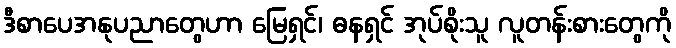
ဒီစာပေအနုပညာတွေဟာ မြေရှင်၊ ဓနရှင် အုပ်စိုးသူ လူတန်းစားတွေကို